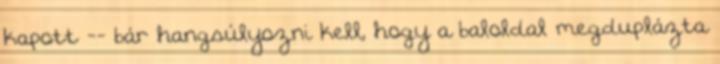
kapott -- bár hangsúlyozni kell, hogy a baloldal megduplázta